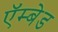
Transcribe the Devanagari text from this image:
ऍम्बेड